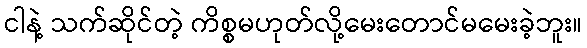
ငါနဲ့ သက်ဆိုင်တဲ့ ကိစ္စမဟုတ်လို့မေးတောင်မမေးခဲ့ဘူး။